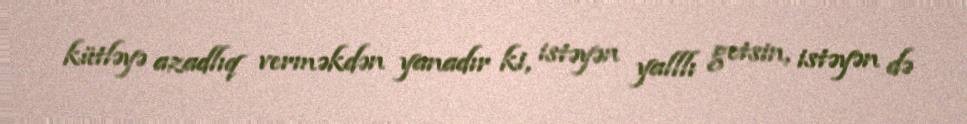
kütləyə azadlıq verməkdən yanadır ki, istəyən yalllı getsin, istəyən də